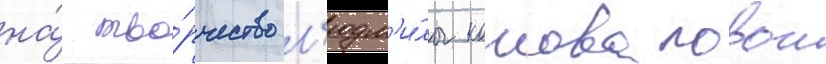
на́ тво́рчество л'юдм'и́лы коноваловои